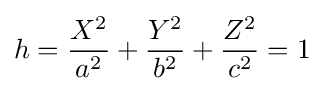
h={\frac {X^{2}}{a^{2}}}+{\frac {Y^{2}}{b^{2}}}+{\frac {Z^{2}}{c^{2}}}=1